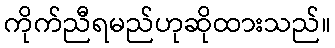
ကိုက်ညီရမည်ဟုဆိုထားသည်။